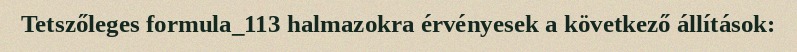
Tetszőleges formula_113 halmazokra érvényesek a következő állítások: